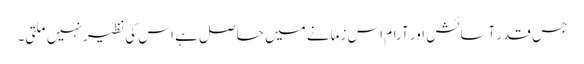
جس قدر آسائش اور آرام اس زمانے میں حاصل ہے اس کی نظیر نہیں ملتی۔